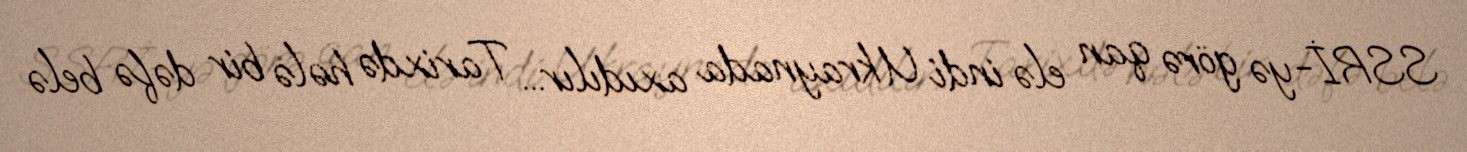
SSRİ-yə görə qan elə indi Ukraynada axıdılır... Tarixdə hələ bir dəfə belə